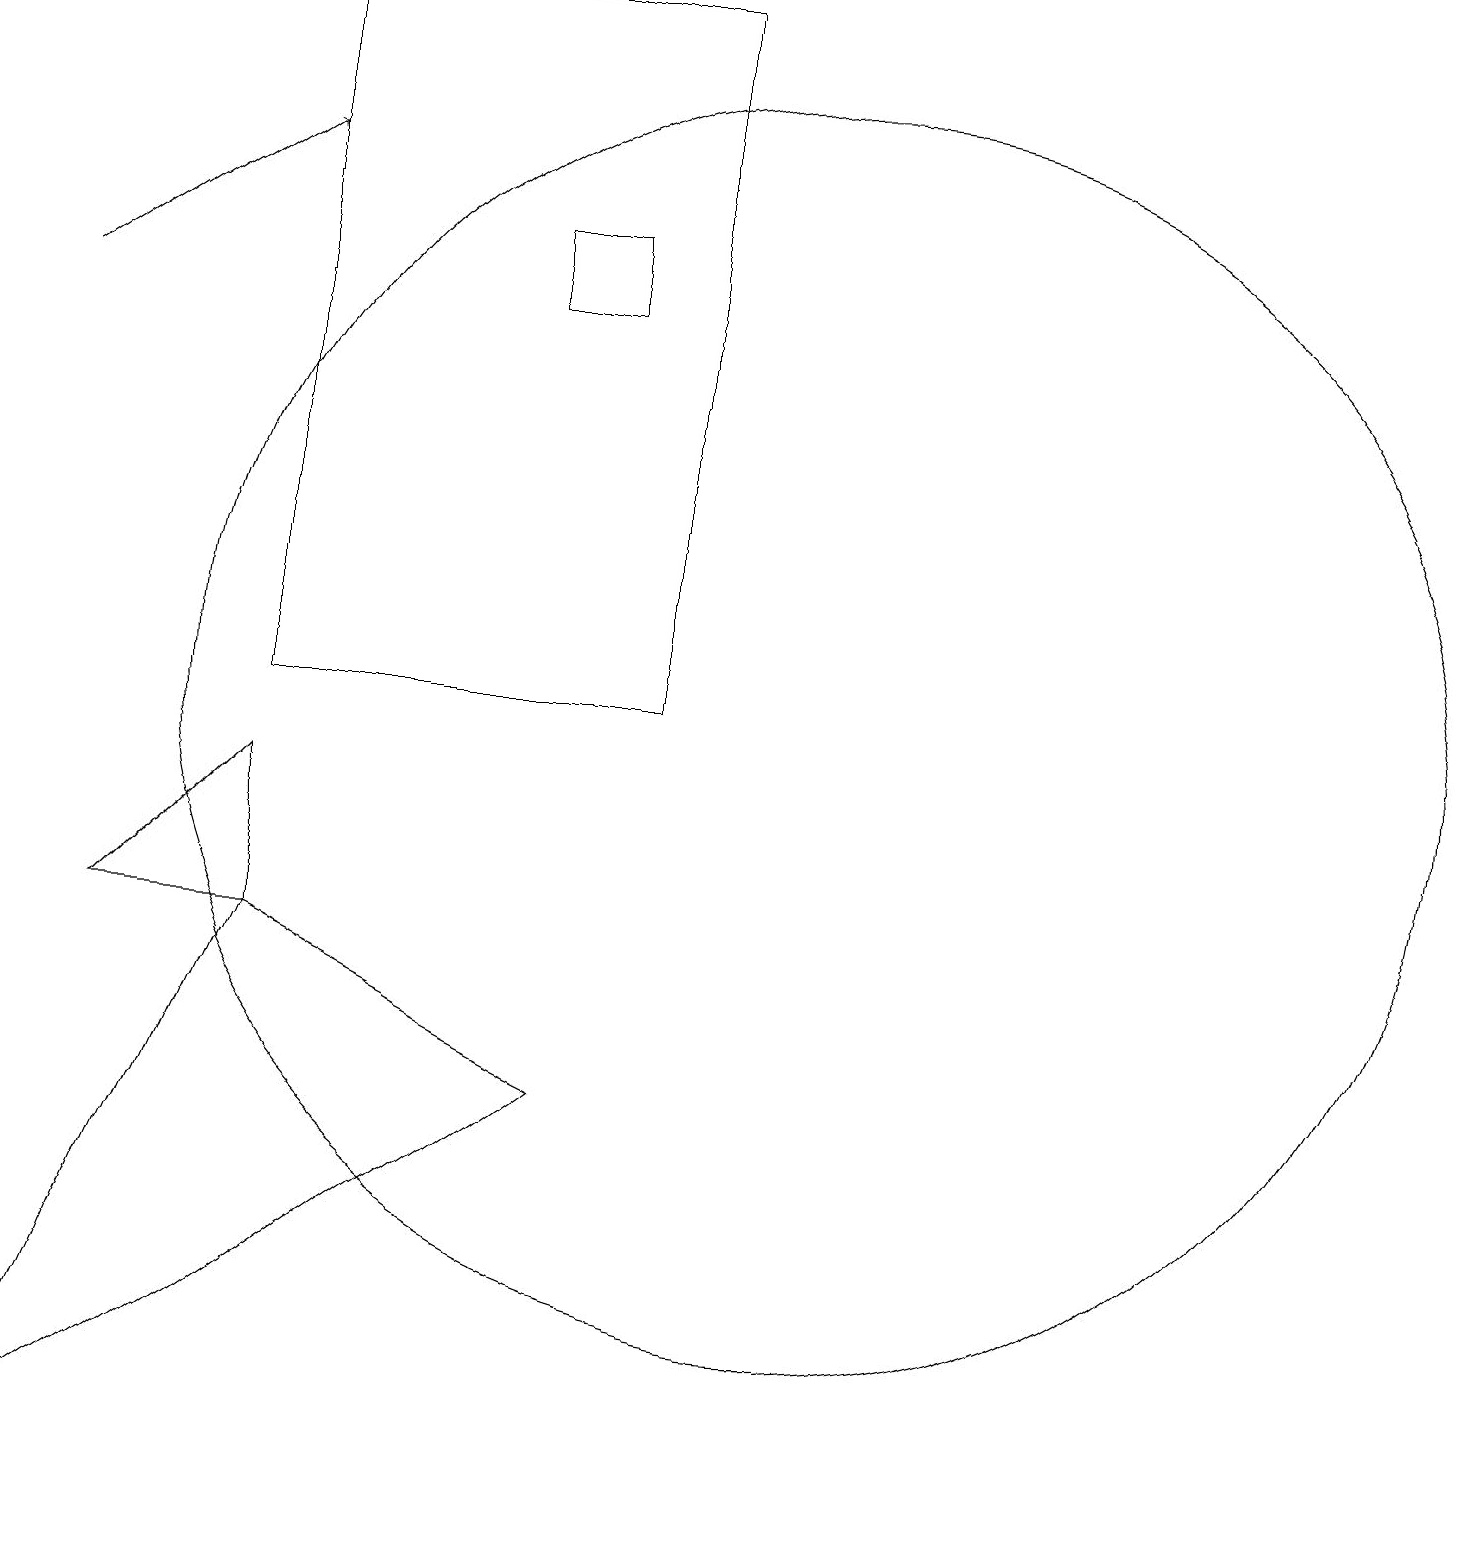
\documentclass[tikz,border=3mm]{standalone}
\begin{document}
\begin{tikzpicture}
\draw (4,19) rectangle (9,10);
\draw (7,15) rectangle (8,16);
\draw[->] (1,15) -- (4,17);
\draw (2,7) -- (4,7) -- (4,9) -- cycle;
\draw (1,0) -- (4,7) -- (8,5) -- cycle;
\draw (11,10) circle (8);
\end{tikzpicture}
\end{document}